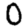
Digit: 0